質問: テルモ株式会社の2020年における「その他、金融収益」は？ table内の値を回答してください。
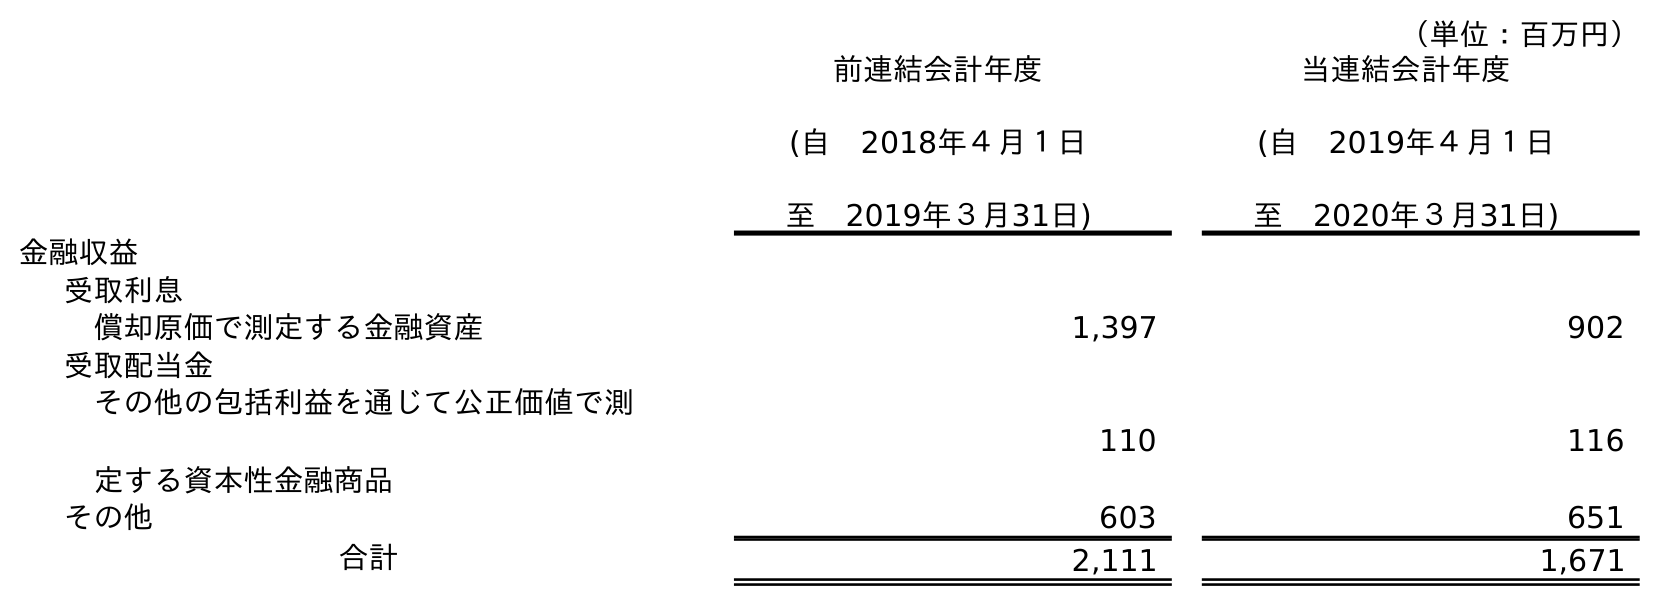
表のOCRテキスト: （単位：百万円） 前連結会計年度 (自 2018年４月１日 至 2019年３月31日) 当連結会計年度 (自 2019年４月１日 至 2020年３月31日) 金融収益 受取利息 償却原価で測定する金融資産 1,397 902 受取配当金 その他の包括利益を通じて公正価値で測 定する資本性金融商品 110 116 その他 603 651 合計 2,111 1,671
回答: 651